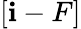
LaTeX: [\mathbf{i}-F]